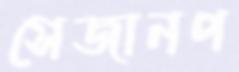
সেজানপ